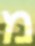
מ